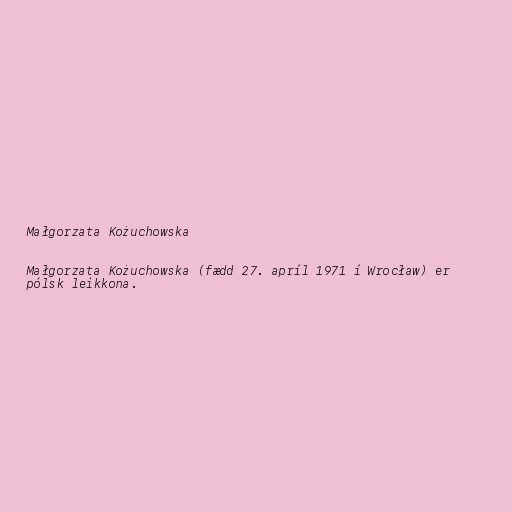
Małgorzata Kożuchowska

Małgorzata Kożuchowska (fædd 27. apríl 1971 í Wrocław) er
pólsk leikkona.